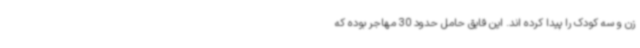
زن و سه کودک را پیدا کرده اند. این قایق حامل حدود 30 مهاجر بوده که